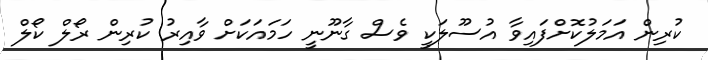
ކުރިން އަމަލުކޮށްފައިވާ އުސޫލަކީ ވެސް ގާނޫނީ ހަމައަކަށް ވާއިރު ކުރިން ރޯލް ކޯލް